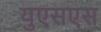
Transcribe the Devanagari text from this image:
युएसएस